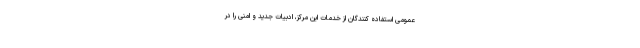
عمومی استفاده کنندگان از خدمات این مرکز، ادبیات جدید و امنی را در